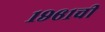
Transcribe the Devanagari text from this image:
१९६१ची